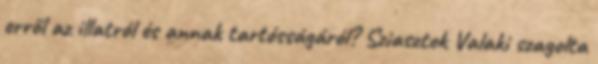
erről az illatról és annak tartósságáról? Sziasztok Valaki szagolta